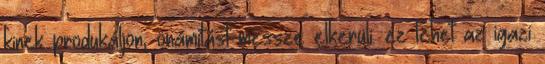
kinek produkáljon, önámítást messze elkerüli. ez lehet az igazi